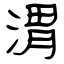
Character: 渭